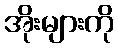
အိုးများကို